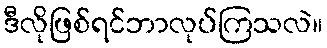
ဒီလိုဖြစ်ရင်ဘာလုပ်ကြသလဲ။